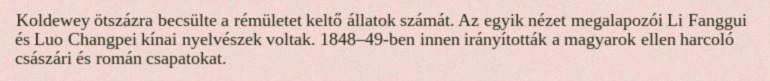
Koldewey ötszázra becsülte a rémületet keltő állatok számát. Az egyik nézet megalapozói Li Fanggui és Luo Changpei kínai nyelvészek voltak. 1848–49-ben innen irányították a magyarok ellen harcoló császári és román csapatokat.